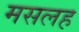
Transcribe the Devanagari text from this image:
मसलह